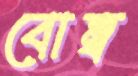
বোম্ব